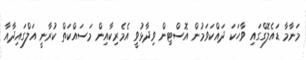
މަނާމާ ޑައެލޮގްގައި ވާހަކަ ދައްކަވަމުން އޮސްޓިން ވިދާޅުވީ އެމެރިކާއިން މަސައްކަތް ކުރާނީ އަލްގައިދާއާ